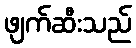
ဖျက်ဆီးသည်